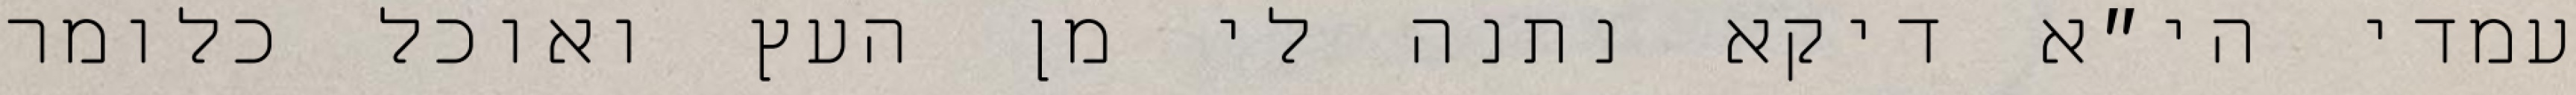
עמדי הי״א דיקא נתנה לי מן העץ ואוכל כלומר